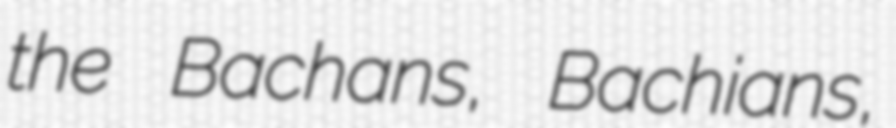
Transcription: the Bachans, Bachians,